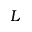
L